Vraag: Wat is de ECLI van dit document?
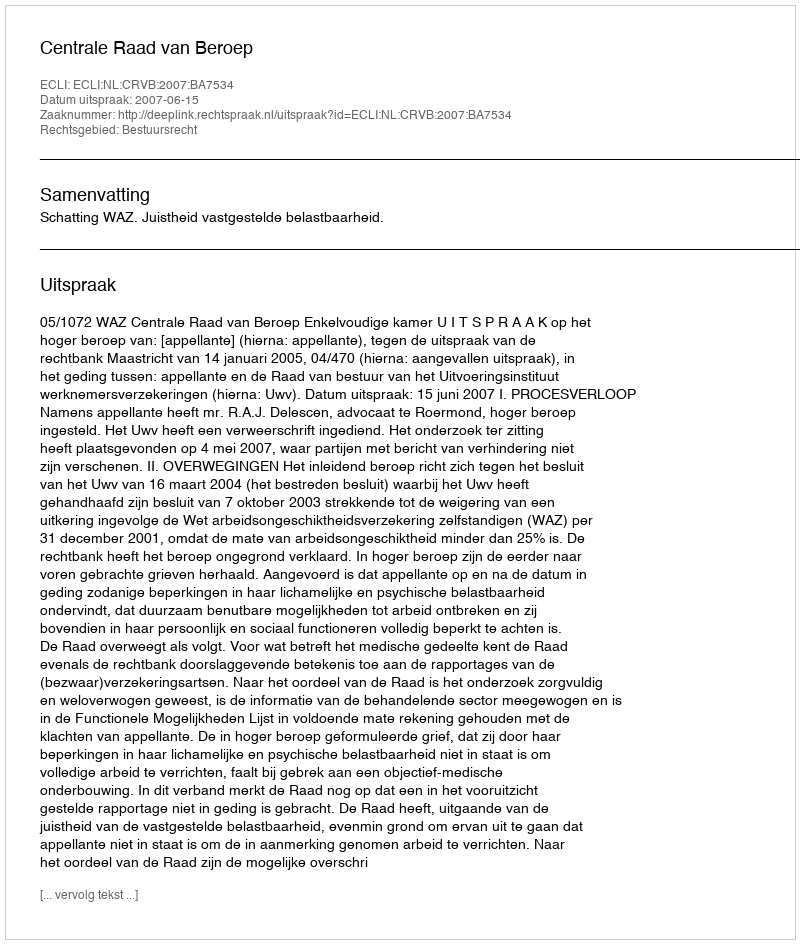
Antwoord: ECLI:NL:CRVB:2007:BA7534